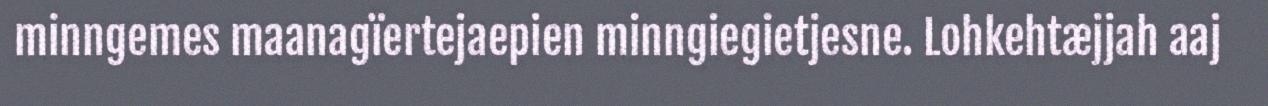
minngemes maanagïertejaepien minngiegietjesne. Lohkehtæjjah aaj